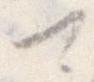
可